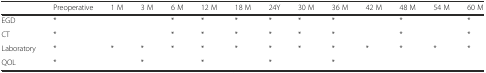
|  | Preoperative | 1 M | 3 M | 6 M | 12 M | 18 M | 24Y | 30 M | 36 M | 42 M | 48 M | 54 M | 60 M |
 | --- | --- | --- | --- | --- | --- | --- | --- | --- | --- | --- | --- | --- | --- |
 | EGD | * |  |  | * | * | * | * | * | * |  | * |  | * |
 | CT | * |  |  | * | * | * | * | * | * |  | * |  | * |
 | Laboratory | * | * | * | * | * | * | * | * | * | * | * | * | * |
 | QOL | * |  | * |  | * |  | * |  | * |  |  |  |  |